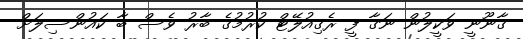
ގާނޫނީ ވަކީލުން ނަގާ ފީ ރެގިއުލޭޓް ކުރުމުގެ ބާރު ވެސް ބާ ކައުންސިލަށް